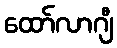
ထော်လာဂျီ